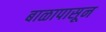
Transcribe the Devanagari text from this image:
बाळापासून